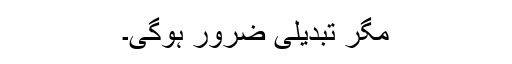
مگر تبدیلی ضرور ہوگی۔